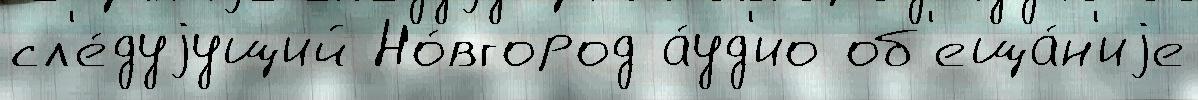
сл'е́дуjущий Но́вгород а́уд'ио об'еща́н'иjе